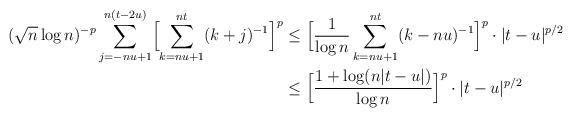
LaTeX: \begin{align*}(\sqrt n\log n)^{-p}\sum_{j=-nu+1}^{n(t-2u)}\Bigl[\sum_{k=nu+1}^{nt}(k+j)^{-1}\Bigr]^p&\le\Bigl[\frac1{\log n}\sum_{k=nu+1}^{nt}(k-nu)^{-1}\Bigr]^p\cdot|t-u|^{p/2}\\&\le\Bigl[\frac{1+\log(n|t-u|)}{\log n}\Bigr]^p\cdot|t-u|^{p/2}\end{align*}